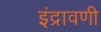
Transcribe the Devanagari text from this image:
इंद्रावणी